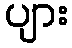
ပျား